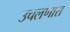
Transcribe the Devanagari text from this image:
उचलणारा